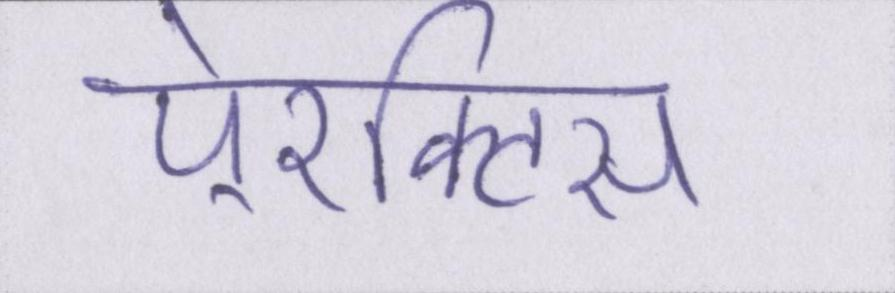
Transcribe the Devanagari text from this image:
पे्रक्टिस